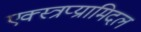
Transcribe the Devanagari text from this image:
एक्स्त्रप्य्रामिदल